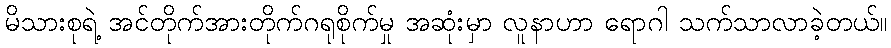
မိသားစုရဲ့ အင်တိုက်အားတိုက်ဂရုစိုက်မှု အဆုံးမှာ လူနာဟာ ရောဂါ သက်သာလာခဲ့တယ်။